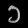
Digit: ၁